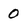
Character: 0